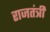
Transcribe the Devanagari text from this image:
राजतंत्री